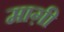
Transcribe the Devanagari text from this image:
माग़ी